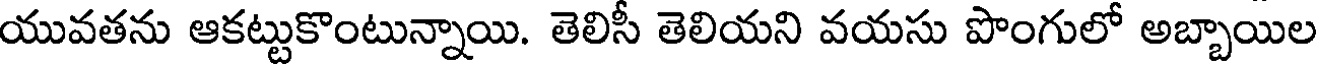
యువతను ఆకట్టుకొంటున్నాయి. తెలిసీ తెలియని వయసు పొంగులో అబ్బాయిల